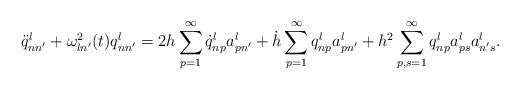
LaTeX: \begin{align*}\ddot{q}_{nn'}^{l}+\omega_{ln'}^{2}(t) q_{nn'}^{l}=2h\sum_{p=1}^{\infty}\dot{q}_{np}^{l} a_{pn'}^{l}+ \dot{h}\sum_{p=1}^{\infty}q_{np}^{l} a_{pn'}^{l}+ h^{2}\sum_{p,s=1}^{\infty} q_{np}^{l}a_{ps}^{l}a_{n's}^{l}.\end{align*}